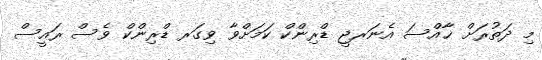
މި ދަތުރަށް ޚާއްސަ އެނަރޖީ ޑްރިންކް ކަމަށްވާ ވިގަރ ޑްރިންކް ވެސް ރައީސް